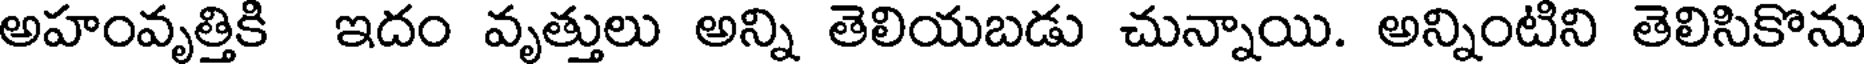
అహంవృత్తికి ఇదం వృత్తులు అన్ని తెలియబడు చున్నాయి. అన్నింటిని తెలిసికొను